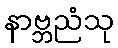
နာဗ္ဘညံသု